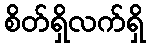
စိတ်ရှိလက်ရှိ